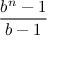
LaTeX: \frac { b ^ { n } - 1 } { b - 1 }